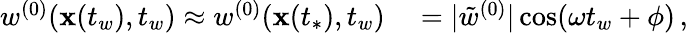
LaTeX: \begin{array}{rl}{w^{(0)}(\mathbf{x}(t_{w}),t_{w})\approx w^{(0)}(\mathbf{x}(t_{*}),t_{w})}&{{}=|\tilde{w}^{(0)}|\cos(\omega t_{w}+\phi)\, ,}\end{array}